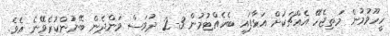
ހީހޫވުމުން މަތިޖެހޭ އެއްޗަކަށް އަޅާފައި ބެހެއްޓުމުން 3-2 ދުވަސް ވަންދެން ބޭނުންކުރެވޭނެ އެވެ.